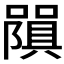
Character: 𭋧